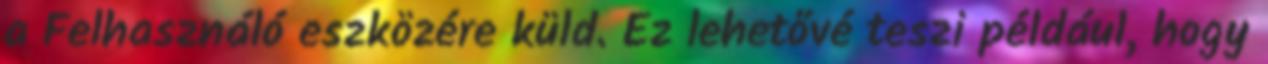
a Felhasználó eszközére küld. Ez lehetővé teszi például, hogy